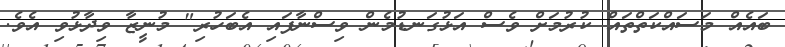
ބައެެއް މަސައްކަތްތައް ކުރުމަށް ވެސް އަޅުގަނޑުމެން ވިސްނާފައި އެބަހުރި" މުނީޒާ ވިދާޅުވި އެވެ.